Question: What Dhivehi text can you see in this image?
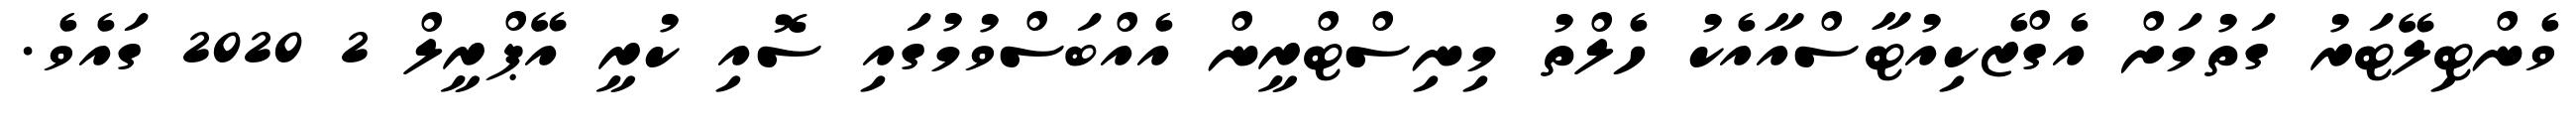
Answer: ވެންޓިލޭޓަރު ގަތުމަށް އެގްޒެކިއުޓާސްއާއެކު ހެލްތު މިނިސްޓްރީން އެއްބަސްވުމުގައި ސޮއި ކުރީ އޭޕްރީލް 2 2020 ގައެވެ.